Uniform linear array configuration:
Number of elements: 16
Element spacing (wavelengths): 0.5
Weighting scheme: kaiser
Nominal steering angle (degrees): -30
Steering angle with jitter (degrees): -28.018
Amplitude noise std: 0.05
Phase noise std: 0.05

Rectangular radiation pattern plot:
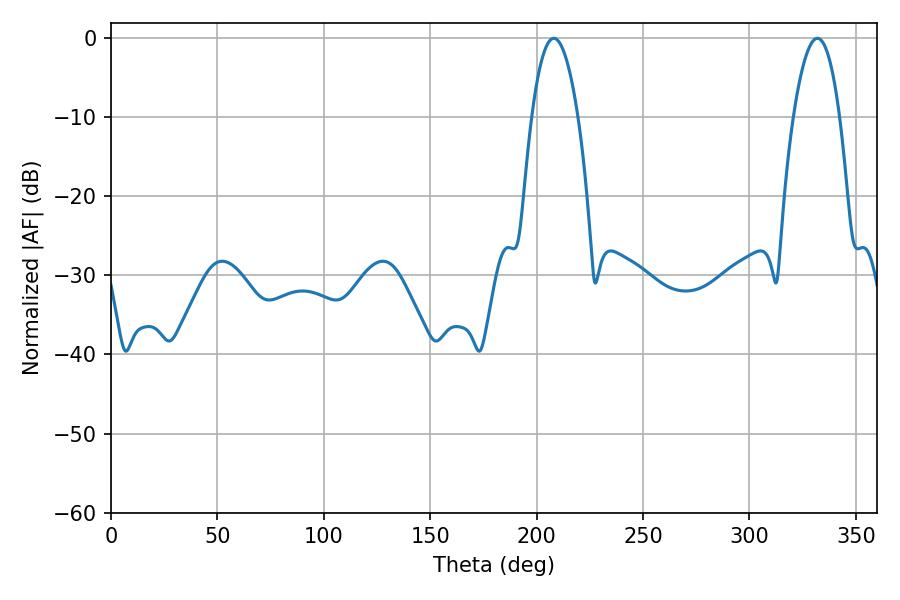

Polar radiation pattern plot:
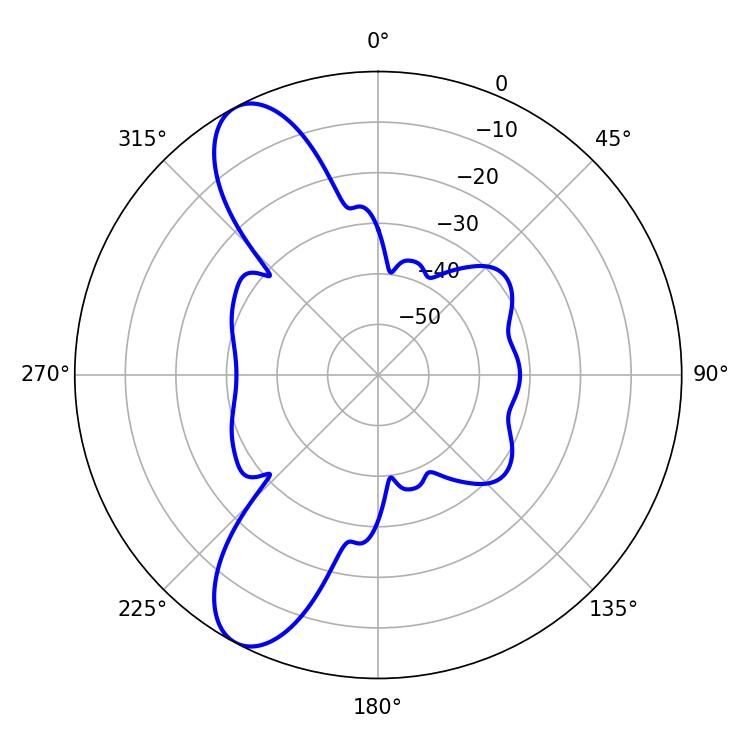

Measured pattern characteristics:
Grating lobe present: FALSE
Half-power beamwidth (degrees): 12.06
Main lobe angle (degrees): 208.08